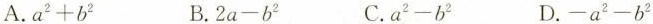
A. $$a ^ { 2 } + b ^ { 2 }$$ B. $$2 a - b ^ { 2 }$$ C. $$a ^ { 2 } - b ^ { 2 }$$ D. $$- a ^ { 2 } - b ^ { 2 }$$